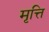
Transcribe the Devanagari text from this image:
मृत्ति